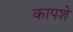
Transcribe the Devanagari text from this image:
कापशे